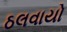
ઠલવાયો